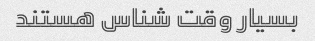
بسیار وقت شناس هستند